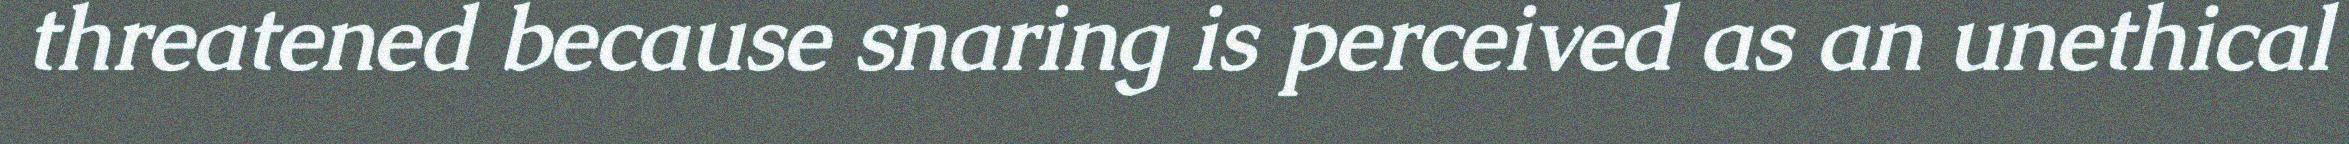
threatened because snaring is perceived as an unethical